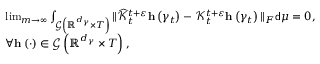
\begin{array} { r l } & { \operatorname* { l i m } _ { m \rightarrow \infty } \int _ { \mathcal { G } \left( \mathbb { R } ^ { d _ { \gamma } } \times T \right) } \Vert \widehat { \mathcal { K } } _ { t } ^ { t + \varepsilon } \mathbf { h } \left( \gamma _ { t } \right) - \mathcal { K } _ { t } ^ { t + \varepsilon } \mathbf { h } \left( \gamma _ { t } \right) \Vert _ { F } \mathsf { d } \mu = 0 , } \\ & { \forall \mathbf { h } \left( \cdot \right) \in \mathcal { G } \left( \mathbb { R } ^ { d _ { \gamma } } \times T \right) , } \end{array}